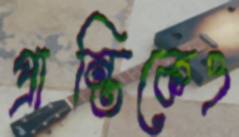
প্রান্তিকেও